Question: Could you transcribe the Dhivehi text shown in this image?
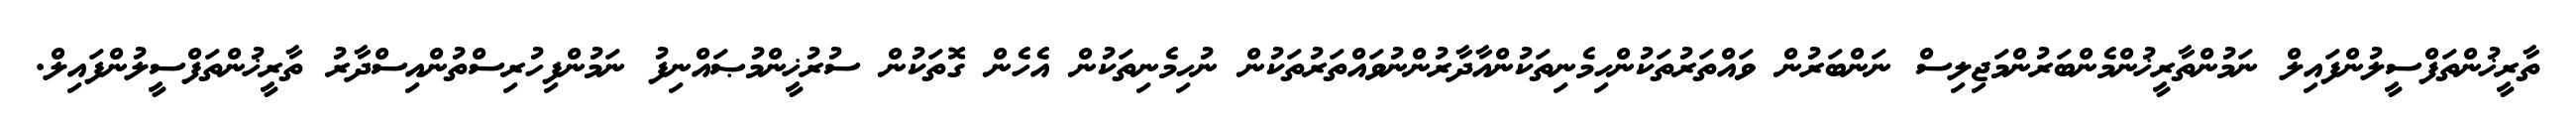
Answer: ތާރީޚުންތަފްސީލުންފައިލް ނަމުންތާރީޚުންމެންބަރުންމަޖިލިސް ނަންބަރުން ވައްތަރުތަކުންހިމެނިތަކުންއާދާރުންނުވައްތަރުތަކުން ނުހިމެނިތަކުން އެހެން ގޮތަކުން ސުރުޚީންމުޞައްނިފު ނަމުންފިހުރިސްތުންއިސްދާރު ތާރީޚުންތަފްސީލުންފައިލް.